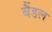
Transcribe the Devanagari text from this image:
वैंडल